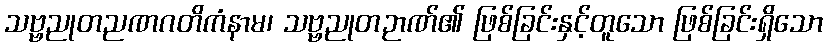
သဗ္ဗညုတညဏဂတိကံနာမ၊ သဗ္ဗညုတဉာဏ်၏ ဖြစ်ခြင်းနှင့်တူသော ဖြစ်ခြင်းရှိသော